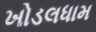
ખોડલધામ